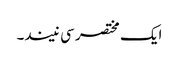
ایک مختصر سی نیند۔